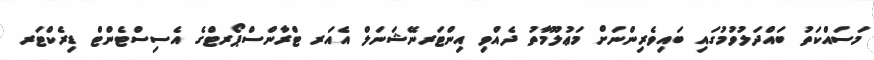
މަސައްކަތު ބައްދަލުވުމުގައި ބައިވެރިންނަށް މަޢުލޫމާތު ދެއްވި އިންޓަރނޭޝަނަލް އެއަރ ޓްރާންސްޕޯރޓްގެ އެސިސްޓެންޓް ޑިރެކްޓަރ